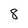
Character: 8